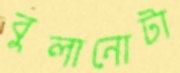
বুলানোটা